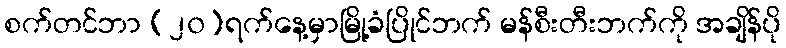
စက်တင်ဘာ (၂၀)ရက်နေ့မှာမြို့ခံပြိုင်ဘက် မန်စီးတီးဘက်ကို အချိန်ပို